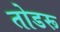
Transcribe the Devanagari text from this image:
तोडरू